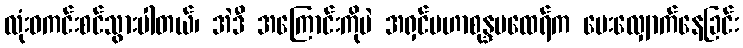
လုံးဝကင်းစင်သွားပါတယ်၊ အဲဒီ အကြောင်းကိုပဲ အရှင်မဟာစုန္ဒမထေရ်က မေးလျှောက်နေခြင်း